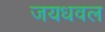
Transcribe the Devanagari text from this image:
जयधवल